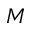
M